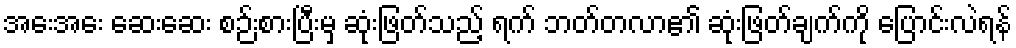
အေးအေး ဆေးဆေး စဉ်းစားပြီးမှ ဆုံးဖြတ်သည့် ရက် ဘတ်တလာ၏ ဆုံးဖြတ်ချက်ကို ပြောင်းလဲရန်